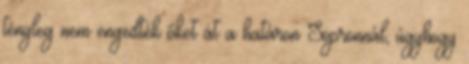
tényleg nem engedték őket át a határon Sopronnál, úgyhogy